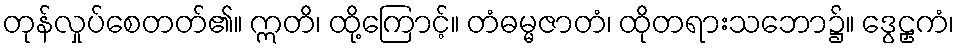
တုန်လှုပ်စေတတ်၏။ ဣတိ၊ ထို့ကြောင့်။ တံဓမ္မဇာတံ၊ ထိုတရားသဘော၌။ ဒွေဠှကံ၊